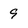
Character: 9